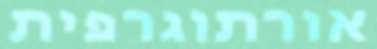
אורתוגרפית